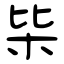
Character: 枈